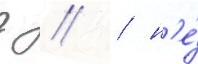
г // / н'е́